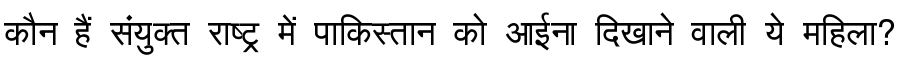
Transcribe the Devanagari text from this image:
कौन हैं संयुक्त राष्ट्र में पाकिस्तान को आईना दिखाने वाली ये महिला?